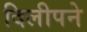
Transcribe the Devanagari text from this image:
दिलीपने